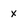
Character: x